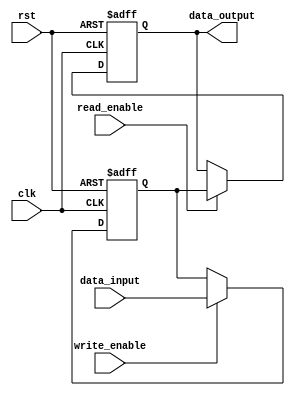
module NVRAM(input clk, input rst, input write_enable, input read_enable, input [7:0] data_input, output reg [7:0] data_output);

reg [7:0] stored_data;

always @(posedge clk or posedge rst) begin
    if (rst) begin
        stored_data <= 8'h00;
    end else if (write_enable) begin
        stored_data <= data_input;
    end
end

always @(posedge clk or posedge rst) begin
    if (rst) begin
        data_output <= 8'h00;
    end else if (read_enable) begin
        data_output <= stored_data;
    end
end

endmodule